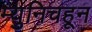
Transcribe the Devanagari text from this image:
म्युनिचहून